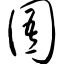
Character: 圄